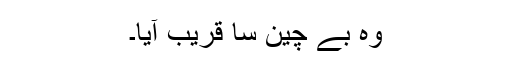
وہ بے چین سا قریب آیا۔